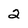
Character: 2